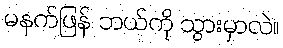
မနက်ဖြန် ဘယ်ကို သွားမှာလဲ။